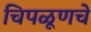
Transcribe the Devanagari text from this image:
चिपळूणचे